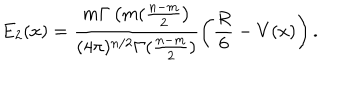
LaTeX: E _ { 2 } ( x ) = \frac { m \Gamma \left( m ( \frac { n - m } { 2 } \right) } { ( 4 \pi ) ^ { n / 2 } \Gamma ( \frac { n - m } { 2 } ) } \left( \frac { R } { 6 } - V ( x ) \right) .